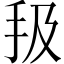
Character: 𢪳